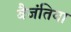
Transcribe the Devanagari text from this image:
बैजंतिया